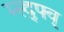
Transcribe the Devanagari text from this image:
म्स्द्फ्व्